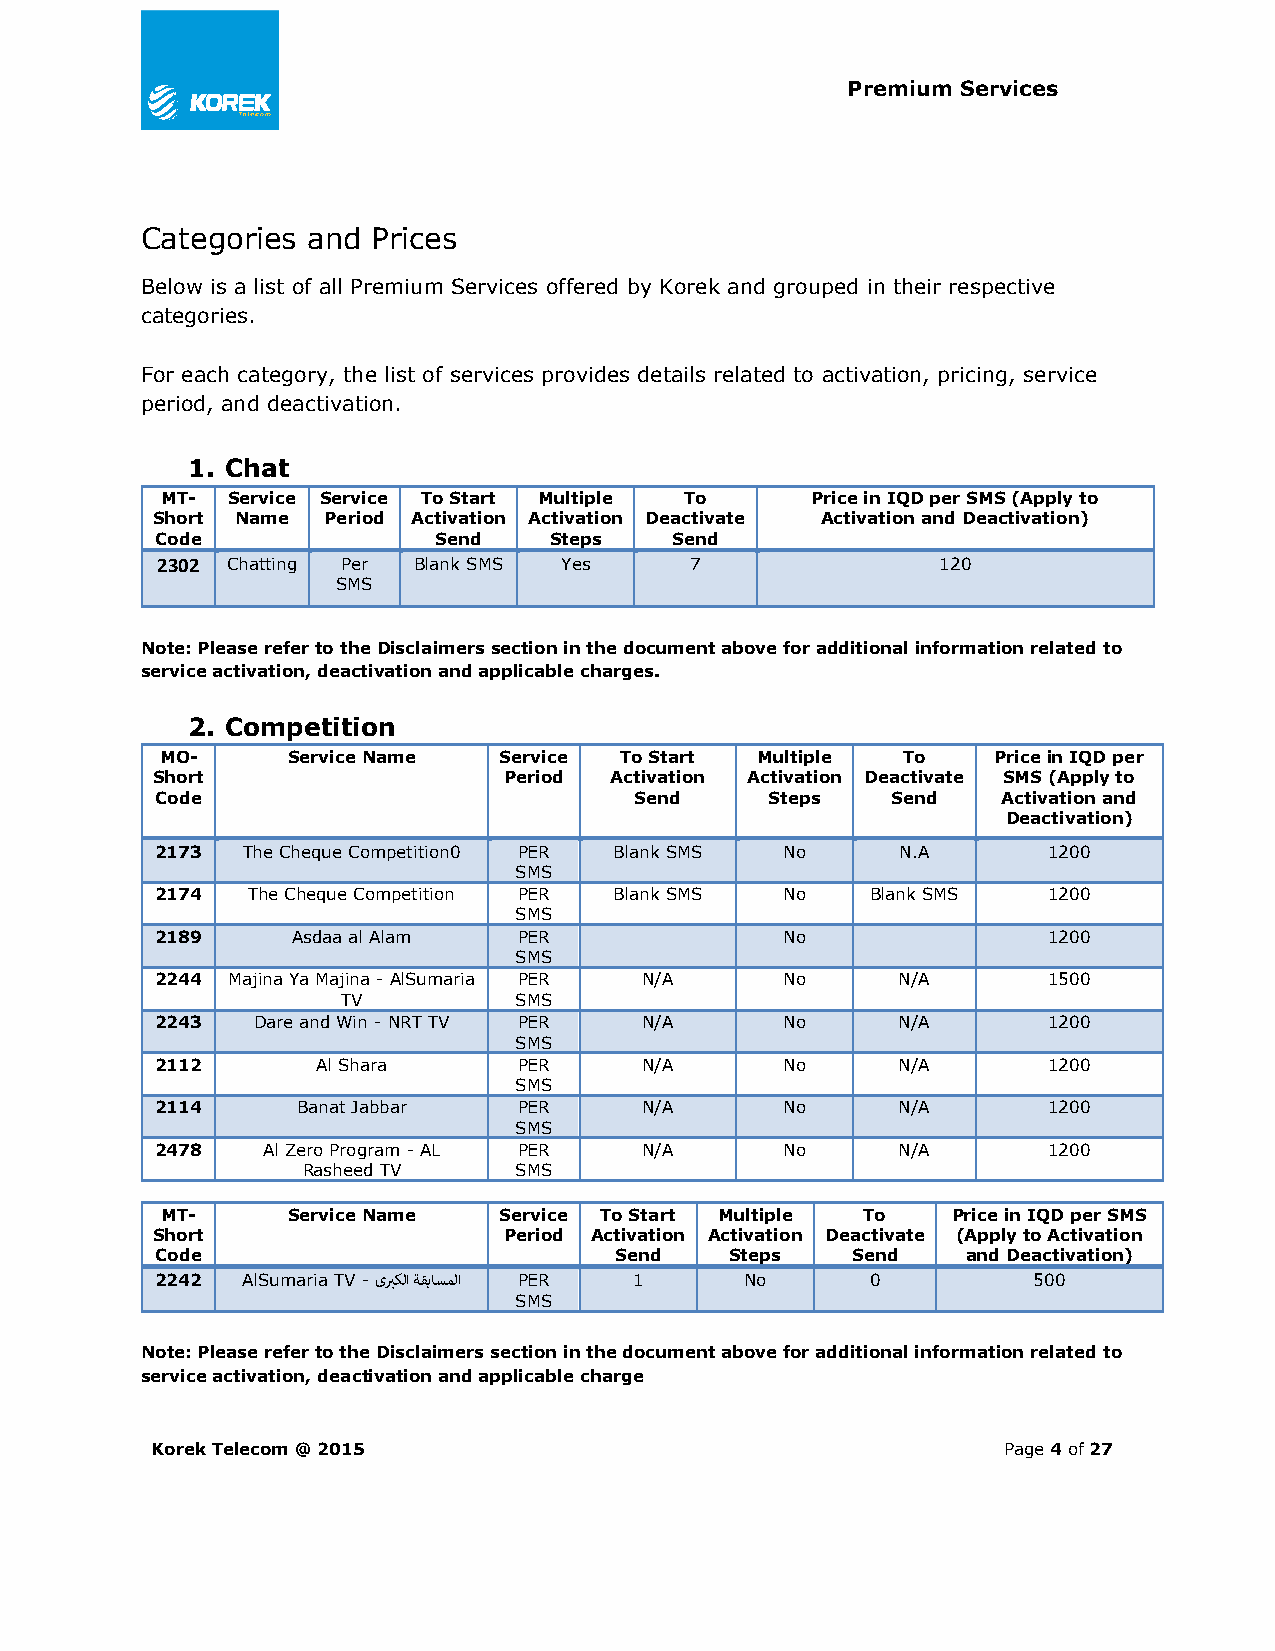
Premium Services
 Categories and  Prices
 Below is a list of all Premium Services offered by Korek and grouped in their respective
 categories.
 For each category, the list of services provides details related to activation, pricing, service
 period, and deactivation.
 1. Chat
 MT- Service Service To Start Multiple To   Price in IQD per SMS (Apply to
 Short Name Period Activation Activation Deactivate Activation and Deactivation)
 Code               Send   Steps   Send
 2302 Chatting Per Blank SMS Yes     7               120
 SMS
 Note: Please refer to the Disclaimers section in the document above for additional information related to
 service activation, deactivation and applicable charges.
 2. Competition
 MO-     Service Name  Service To Start Multiple  To    Price in IQD per
 Short                  Period Activation Activation Deactivate SMS (Apply to
 Code                            Send     Steps   Send   Activation and
 Deactivation)
 2173  The Cheque Competition0 PER Blank SMS No    N.A      1200
 SMS
 2174  The Cheque Competition PER Blank SMS No   Blank SMS  1200
 SMS
 2189     Asdaa al Alam  PER               No               1200
 SMS
 2244 Majina Ya Majina - AlSumaria PER N/A No     N/A       1500
 TV         SMS
 2243   Dare and Win - NRT TV PER N/A      No     N/A       1200
 SMS
 2112       Al Shara     PER     N/A       No     N/A       1200
 SMS
 2114      Banat Jabbar  PER     N/A       No     N/A       1200
 SMS
 2478   Al Zero Program - AL PER N/A       No     N/A       1200
 Rasheed TV    SMS
 MT-     Service Name  Service To Start Multiple To  Price in IQD per SMS
 Short                  Period Activation Activation Deactivate (Apply to Activation
 Code                           Send   Steps   Send    and Deactivation)
 2242  AlSumaria TV - ىبركلا ةقباسملا PER 1 No   0         500
 SMS
 Note: Please refer to the Disclaimers section in the document above for additional information related to
 service activation, deactivation and applicable charge
 Korek Telecom @ 2015                                    Page 4 of 27